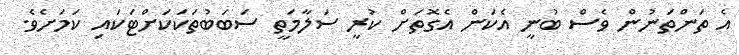
އެ ތަންތަނުން ވެސް ބުނީ އެކަން އެގޮތަށް ކުރީ ސަލާމަތީ ސަބަބުތަކަކަށްޓަކައި ކަމަށެވެ.